Plague in India, 1896, 1897 - Volume 3
Year: 1896
Disease focus: Plague
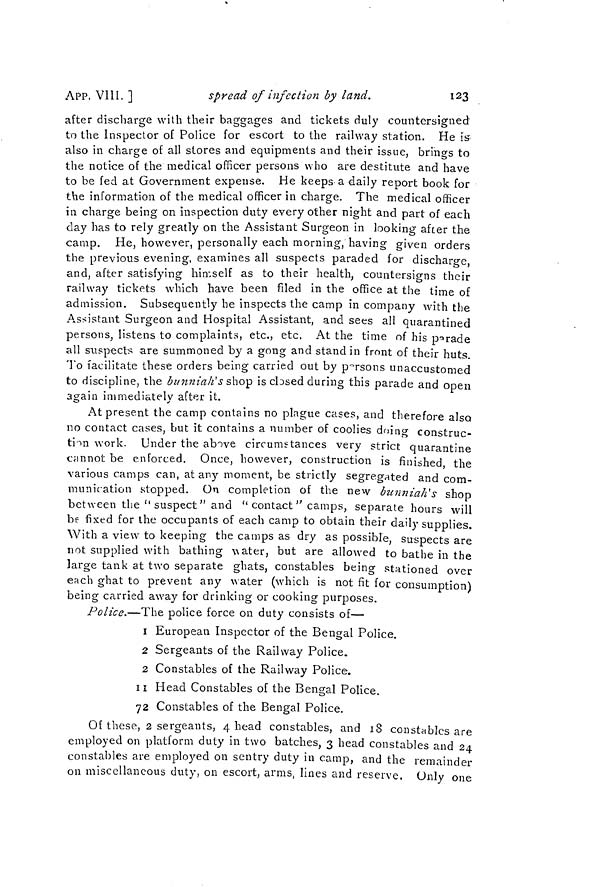
APP. VIII. ]
spread of infection by land.
123
after discharge with their baggages and tickets duly countersigned
to the Inspector of Police for escort to the railway station. He is
also in charge of all stores and equipments and their issue, brings to
the notice of the medical officer persons who are destitute and have
to be fed at Government expense. He keeps a daily report book for
the information of the medical officer in charge. The medical officer
in charge being on inspection duty every other night and part of each
day has to rely greatly on the Assistant Surgeon in looking after the
camp. He, however, personally each morning, having given orders
the previous evening, examines all suspects paraded for discharge,
and, after satisfying himself as to their health, countersigns their
railway tickets which have been filed in the office at the time of
admission. Subsequently he inspects the camp in company with the
Assistant Surgeon and Hospital Assistant, and sees all quarantined
persons, listens to complaints, etc., etc, At the time of his parade
all suspects are summoned by a gong and stand in front of their huts.
To facilitate these orders being carried out by persons unaccustomed
to discipline, the bunniah's shop is cbsed during this parade and open
again immediately after it.
At present the camp contains no plague cases, and therefore also
no contact cases, but it contains a number of coolies doing construc-
thn work. Under the above circumstances very strict quarantine
cannot be enforced. Once, however, construction is finished, the
various camps can, at any moment, be strictly segregated and com-
munication stopped. On completion of the new bunniah's shop
between the " suspect" and " contact " camps, separate hours will
be fixed for the occupants of each camp to obtain their daily supplies.
With a view to keeping the camps as dry as possible, suspects are
not supplied with bathing water, but are allowed to bathe in the
large tank at two separate ghats, constables being stationed over
each ghat to prevent any uater (which is not fit for consumption)
being carried away for drinking or cooking purposes.
Police.—The police force on duty consists of—
1 European Inspector of the Bengal Police.
2 Sergeants of the Railway Police.
2 Constables of the Railway Police.
ii Head Constables of the Bengal Police.
72 Constables of the Bengal Police.
Of these, 2 sergeants, 4 head constables, and 18 constables are
employed on platform duty in two batches, 3 head constables and 24
constables are employed on sentry duty in camp, and the remainder
on miscellaneous duty, on escort, arms, lines and reserve. Only one